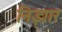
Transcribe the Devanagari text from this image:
निझार